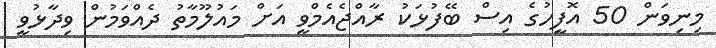
މިނިވަން 50 އޮފީހުގެ އިސް ބޭފުޅަކު ރާއްޖެއެމްވީ އަށް މައުލޫމާތު ދެއްވަމުން ވިދާޅުވީ